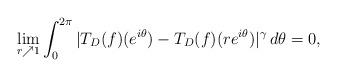
LaTeX: \begin{align*}\lim_{r\nearrow 1} \int_0^{2\pi} |T_D(f)(e^{i\theta}) - T_D(f)(re^{i\theta})|^\gamma \,d\theta = 0, \end{align*}